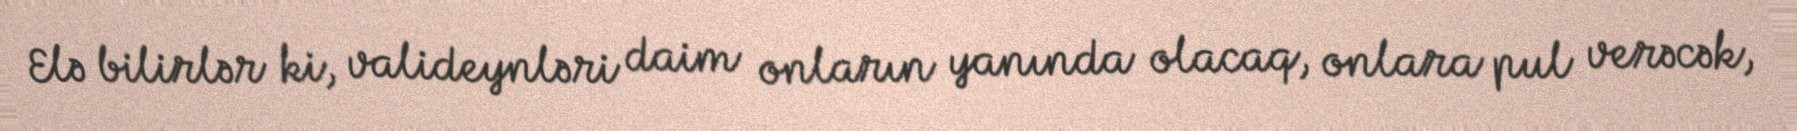
Elə bilirlər ki, valideynləri daim onların yanında olacaq, onlara pul verəcək,